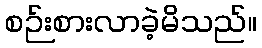
စဉ်းစားလာခဲ့မိသည်။